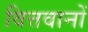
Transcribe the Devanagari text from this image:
वित्तवानों